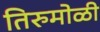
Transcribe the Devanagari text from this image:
तिरुमोळी